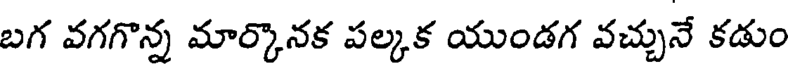
బగ వగగొన్న మార్కొనక పల్కక యుండగ వచ్చునే కడుం